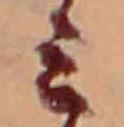
ミ